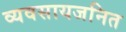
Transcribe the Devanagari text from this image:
व्यवसायजनित